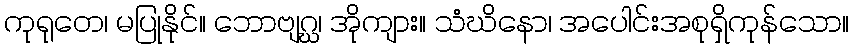
ကုရုတေ၊ မပြုနိုင်။ ဘောဗျဂ္ဃ၊ အိုကျား။ သံဃိနော၊ အပေါင်းအစုရှိကုန်သော။